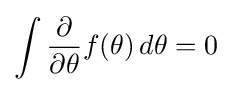
\int {\frac {\partial }{\partial \theta }}f(\theta )\,d\theta =0